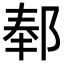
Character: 𬪅